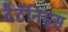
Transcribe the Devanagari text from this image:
टैटॅनिड्स